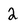
Character: 2